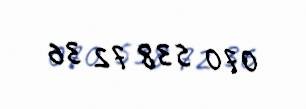
070 538 72 36